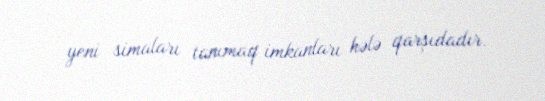
yeni simaları tanımaq imkanları hələ qarşıdadır.